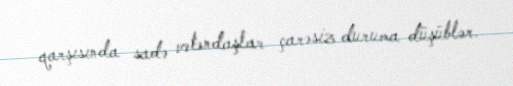
qarşısında sadə vətəndaşlar çarəsiz duruma düşüblər.